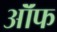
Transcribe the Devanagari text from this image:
ऑॅफ